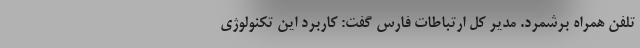
تلفن همراه برشمرد. مدیر کل ارتباطات فارس گفت: کاربرد این تکنولوژی